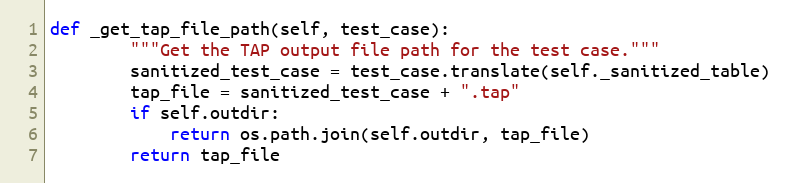
Language: Python
def _get_tap_file_path(self, test_case):
        """Get the TAP output file path for the test case."""
        sanitized_test_case = test_case.translate(self._sanitized_table)
        tap_file = sanitized_test_case + ".tap"
        if self.outdir:
            return os.path.join(self.outdir, tap_file)
        return tap_file